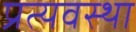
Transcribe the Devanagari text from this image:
प्रत्यवस्था